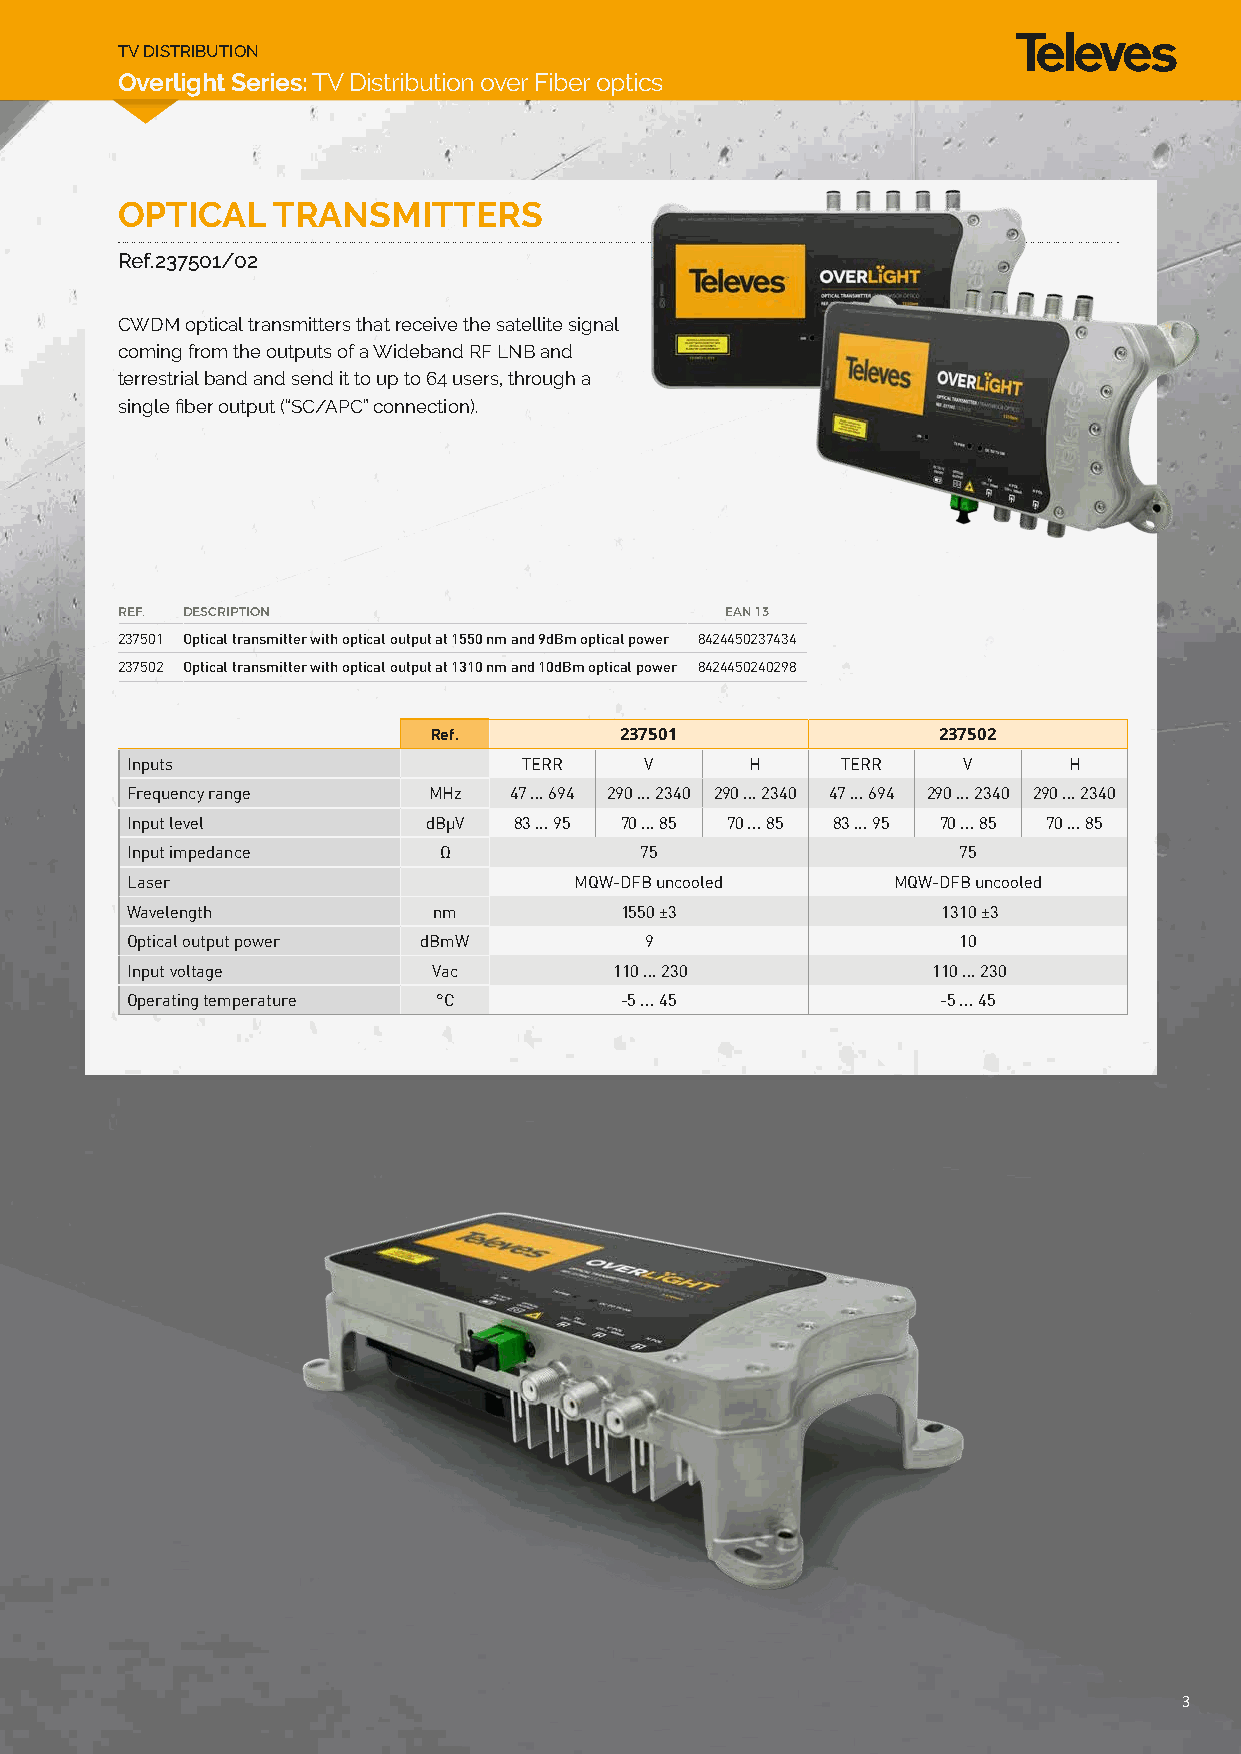
TV DISTRIBUTION TV DISTRIBUTION
 Overlight Series: TV Distribution over Fiber optics Overlight Series: TV Distribution over Fiber optics
 OPTICAL   TRANSMITTERS
 Ref.237501/02
 CWDM optical transmitters that receive the satellite signal
 coming from the outputs of a Wideband RF LNB and
 terrestrial band and send it to up to 64 users, through a
 single fiber output (“SC/APC” connection).
 REF. DESCRIPTION                        EAN 13
 237501 Optical transmitter with optical output at 1550 nm and 9dBm optical power 8424450237434
 237502 Optical transmitter with optical output at 1310 nm and 10dBm optical power 8424450240298
 Ref.         237501               237502
 Inputs                     TERR    V      H     TERR    V      H
 Frequency range     MHz   47 ... 694 290 ... 2340 290 ... 2340 47 ... 694 290 ... 2340 290 ... 2340
 Input level         dBμV  83 ... 95 70 ... 85 70 ... 85 83 ... 95 70 ... 85 70 ... 85
 Input impedance      Ω            75                   75
 Laser                         MQW-DFB uncooled     MQW-DFB uncooled
 Wavelength           nm          1550 ±3              1310 ±3
 Optical output power dBmW          9                   10
 Input voltage        Vac         110 ... 230          110 ... 230
 Operating temperature °C         -5 ... 45            -5 ... 45
 3